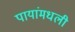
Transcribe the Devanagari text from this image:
पायांमधली